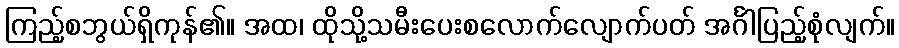
ကြည့်စဘွယ်ရှိကုန်၏။ အထ၊ ထိုသို့သမီးပေးစလောက်လျောက်ပတ် အင်္ဂါပြည့်စုံလျက်။